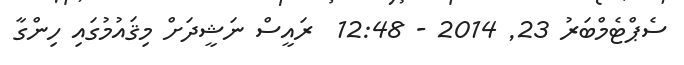
ސެޕްޓެމްބަރު 23